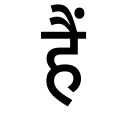
OCR:
हैं